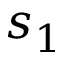
s _ { 1 }